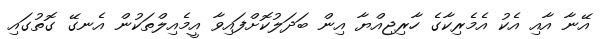
އޭނާ އާއި އެކު އެމެރިކާގެ ހާރިޖިއްޔާ އިން ބަދަލުކޮށްފައިވާ އީމެއިލްތަކުން އެނގޭ ގޮތުގައި